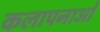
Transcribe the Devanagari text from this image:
कलापनाओं